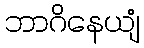
ဘာဂိနေယျံ